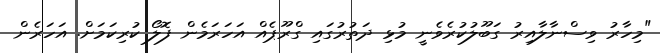
"މިހާރު ވިސްނާލާއިރު ގަބޫލުކުރެވެނީ މުޅި ދަތުރުގައި ގްރޫޕެއް އަހަރަމެން ފޮލޯ ކުރިކަމަށް. އަހަރެން